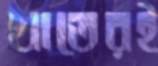
খাতেরই